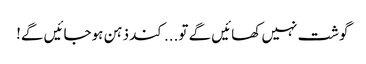
گوشت نہیں کھائیں گے تو... کند ذہن ہوجائیں گے!